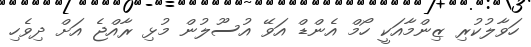
ހަވާލުކުރި ޒިންމާއަކީ ހޯމް އެންޑް އަވޭ އުސޫލުން މުޅި ރާއްޖެ އަށް ދިވެހި